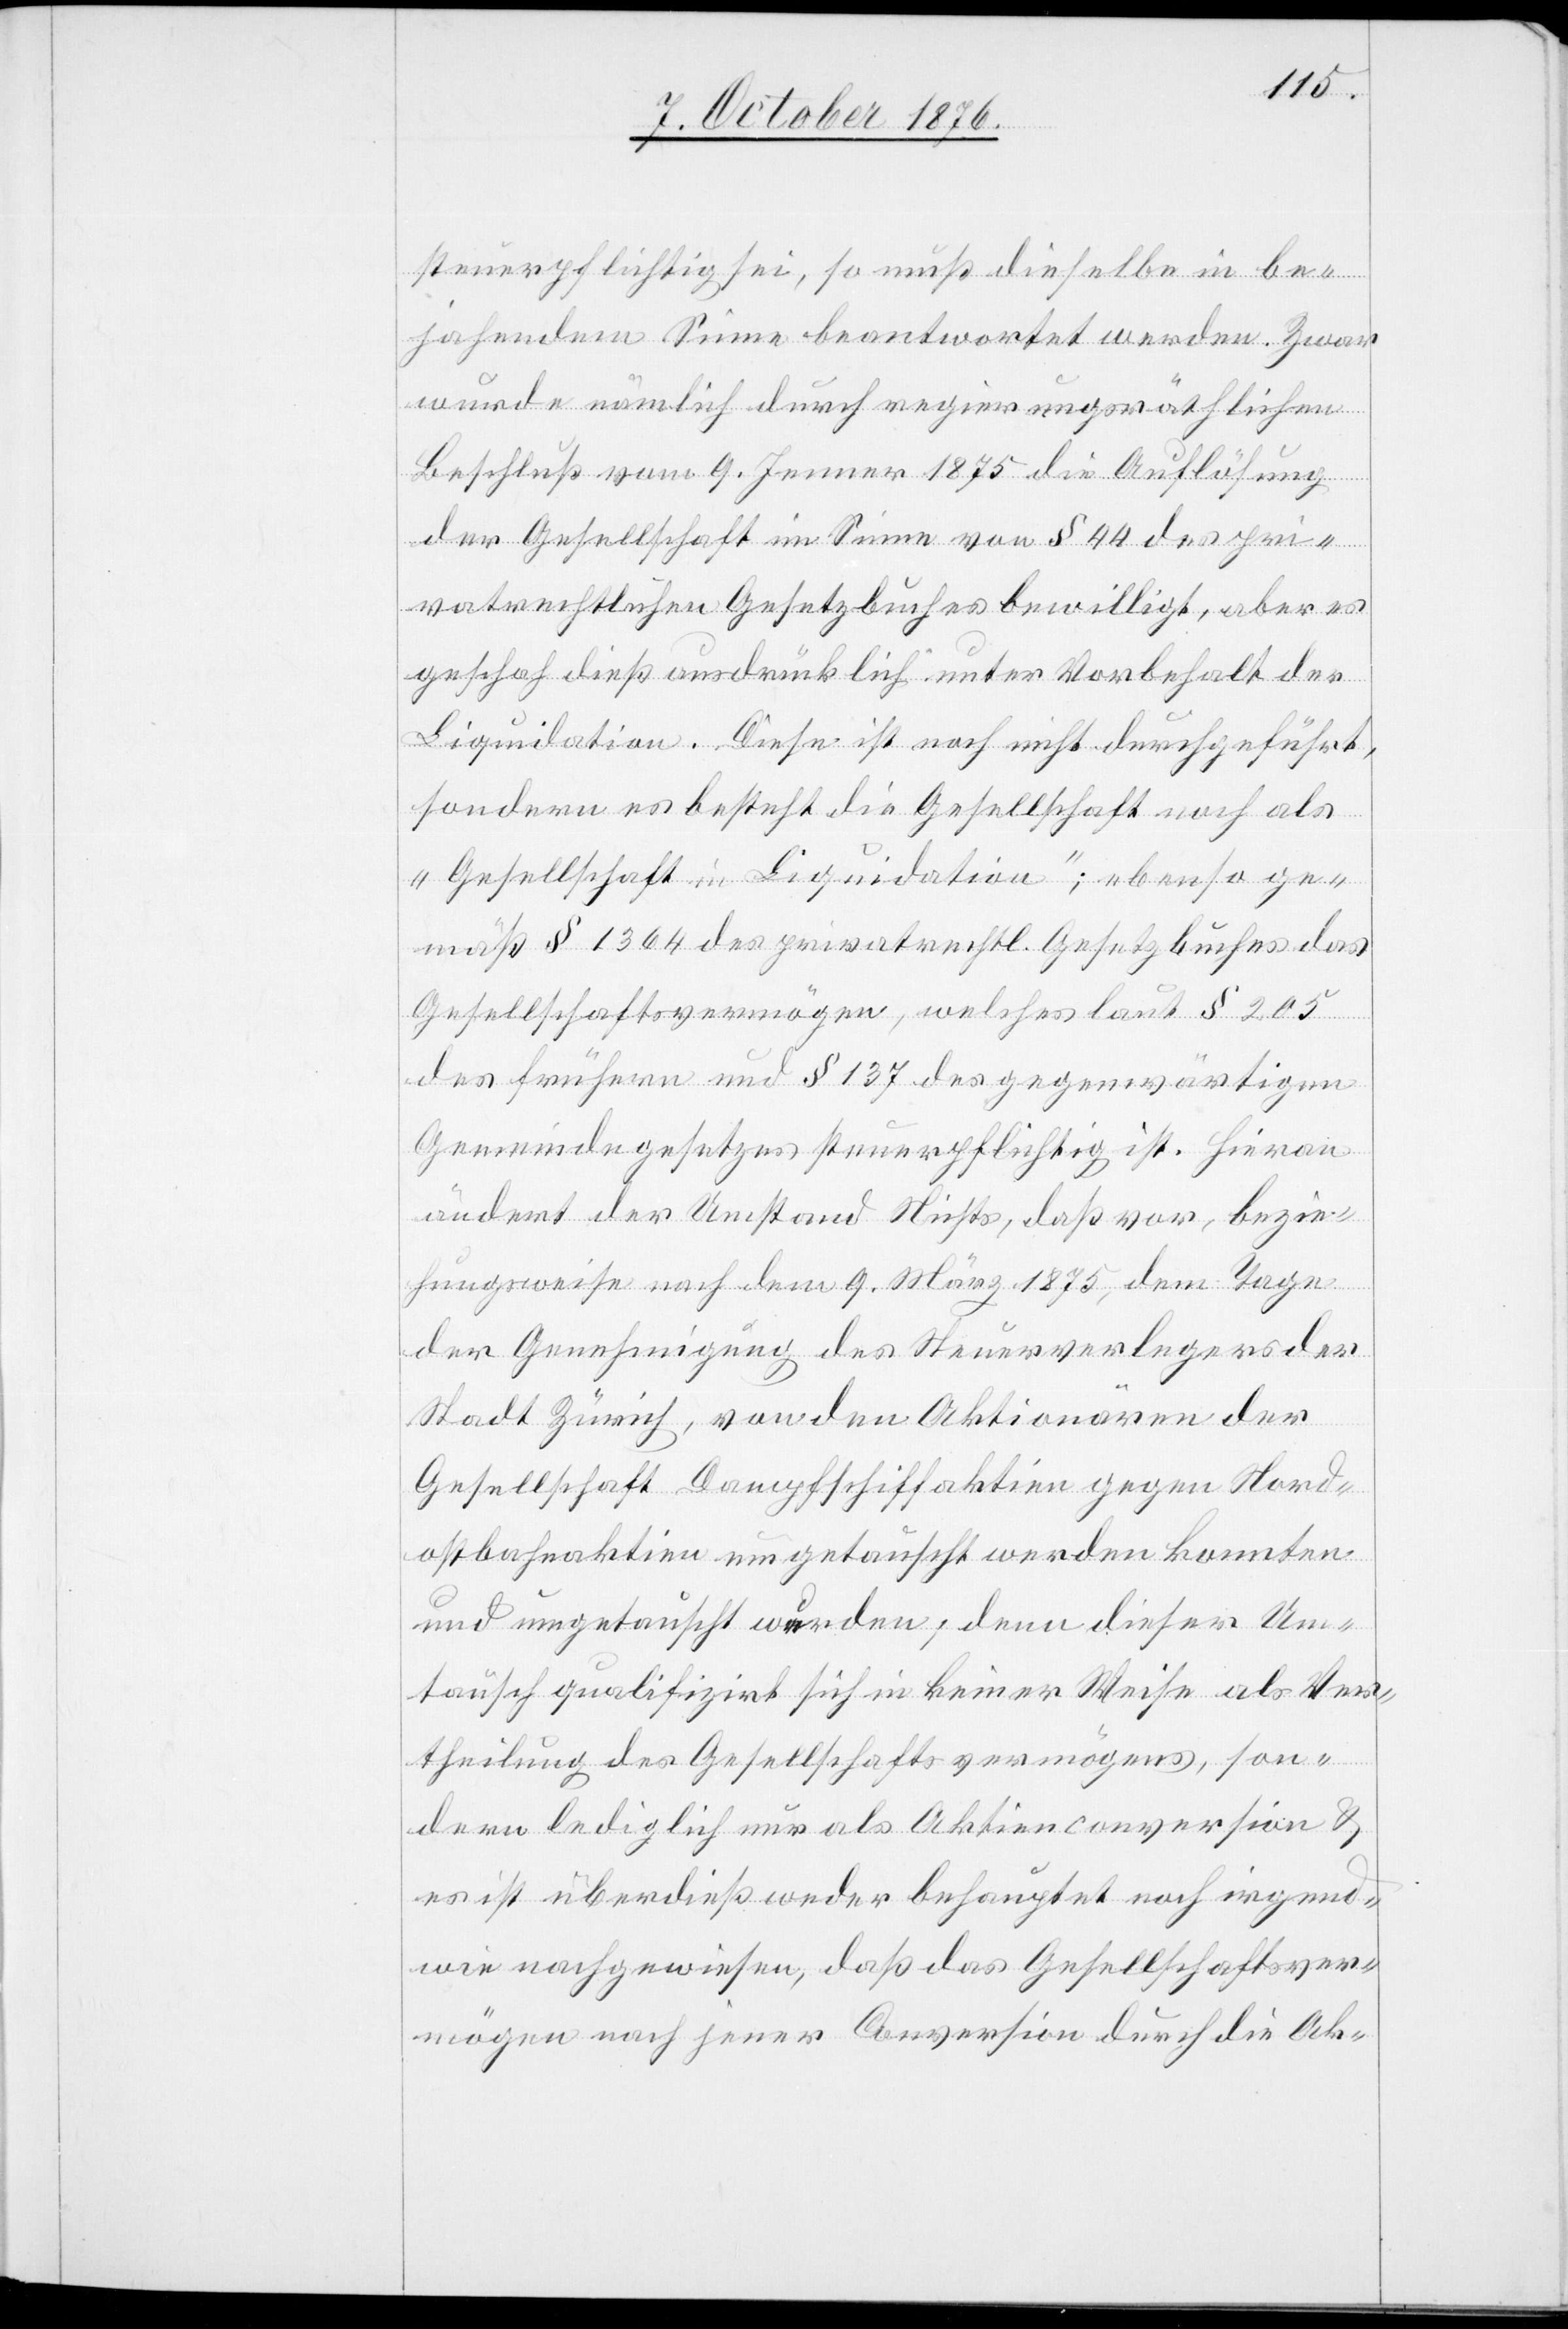
steuerpflichtig sei, so muß dieselbe in be¬
jahendem Sinne beantwortet werden. Zwar
wurde nämlich durch regierungsräthlichen
Beschluß vom 9. Jenner 1875 die Auflösung
der Gesellschaft im Sinne von § 44 des pri¬
vatrechtlichen Gesetzbuches bewilligt, aber es
geschah dieß ausdrücklich unter Vorbehalt der
Liquidation. Diese ist noch nicht durchgeführt,
sondern es besteht die Gesellschaft noch als
„Gesellschaft in Liquidation“; ebenso ge¬
mäß § 1364 des privatrechtl. Gesetzbuches das
Gesellschaftsvermögen, welches laut § 205
des frühern und § 137 des gegenwärtigen
Gemeindegesetzes steuerpflichtig ist. Hieran
ändert der Umstand Nichts, daß vor, bezie¬
hungsweise nach dem 9 März 1875, dem Tage
der Genehmigung des Steuerverlegers der
Stadt Zürich, von den Aktionären der
Gesellschaft Dampfschiffaktien gegen Nord¬
ostbahnaktien umgetauscht werden konnten
und umgetauscht wurden; denn dieser Um¬
tausch qualifizirt sich in keiner Weise als Ver¬
theilung des Gesellschaftsvermögens, son¬
dern lediglich nur als Aktienconversion &
es ist überdieß weder behauptet noch irgend¬
wie nachgewiesen, daß das Gesellschaftsver¬
mögen nach jener Conversion durch die Ak-